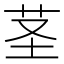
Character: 茎